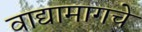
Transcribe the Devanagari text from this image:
वाद्यामागचे